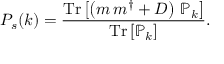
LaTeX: P _ { s } ( k ) = { \frac { \mathrm { T r } \left[ \left( m \, m ^ { \dagger } + D \right) \, \mathbb { P } _ { k } \right] } { \mathrm { T r } \left[ \mathbb { P } _ { k } \right] } } .